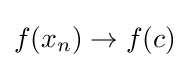
f(x_{n})\rightarrow f(c)